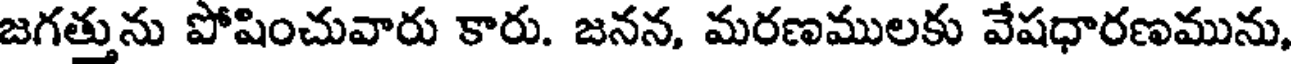
జగత్తును పోషించువారు కారు. జనన, మరణములకు వేషధారణమును,